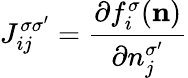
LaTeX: {\displaystyle J_{ij}^{\sigma\sigma^{\prime}}=\frac{\partial f_{i}^{\sigma}({\mathbf n})}{\partial n_{j}^{\sigma^{\prime}}}}